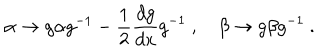
LaTeX: \alpha \to g \alpha g ^ { - 1 } - \frac 1 2 \frac { d g } { d x } g ^ { - 1 } \ , \quad \beta \to g \beta g ^ { - 1 } \ .